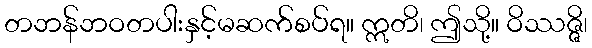
တဘန်ဘဝတပါးနှင့်မဆက်စပ်ရ။ ဣတိ၊ ဤသို့။ ဝိဿဇ္ဇိ၊